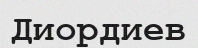
Диордиев